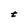
Character: t